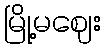
မြို့မဈေး